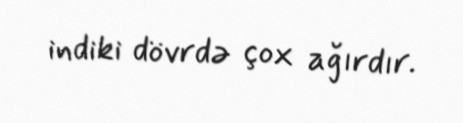
indiki dövrdə çox ağırdır.